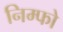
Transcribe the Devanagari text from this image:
निम्फो